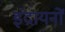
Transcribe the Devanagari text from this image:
इंद्रायनों